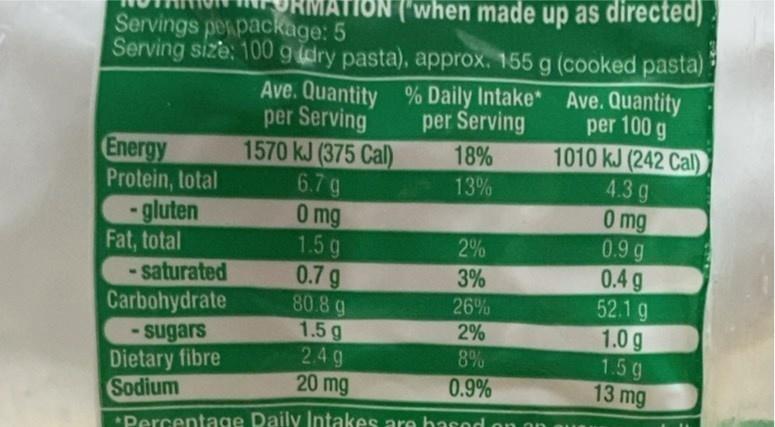
TION Servings per package: 5
Serving size: 100 g dry pasta), approx. 155 g (cooked pasta)
Energy Protein, total
- gluten
Fat, total
-saturated
Carbohydrate
- sugars Dietary fibre
Sodium
ON ('when made up as directed)
Ave. Quantity % Daily Intake* per Serving
per Serving 18%
13%
1570 kJ (375 Cal)
6.7 g
0 mg
1.5 g
0.7 g
2%
3%
26%
2%
8%
0.9%
80.8 g
1.5 g
2.4g
20 mg
*Percentage Daily Intakes are based
on on
Ave. Quantity per 100 g
1010 kJ (242 Cal) 4.3 g
0 mg
0.9 g
0.4 g
52.1 g
1.0 g
1.5 g
13 mg